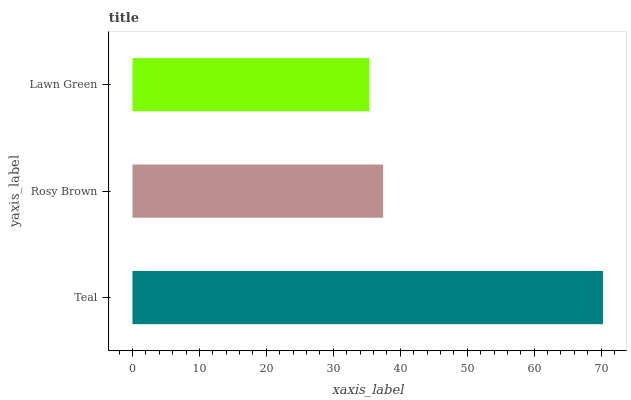
| yaxis_label | bars |
 | --- | --- |
 | Teal | 70.3 |
 | Rosy Brown | 37.4 |
 | Lawn Green | 35.4 |